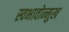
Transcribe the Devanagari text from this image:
स्वभावोन्मुख